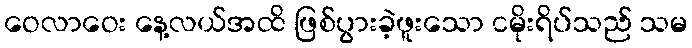
ဝေလာဝေး နေ့လယ်အထိ ဖြစ်ပွားခဲ့ဖူးသော ငမိုးရိပ်သည် သမ